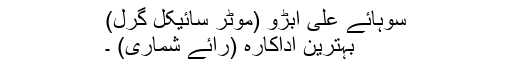
سوہائے علی ابڑو (موٹر سائیکل گرل)
بہترین اداکارہ (رائے شماری) ۔